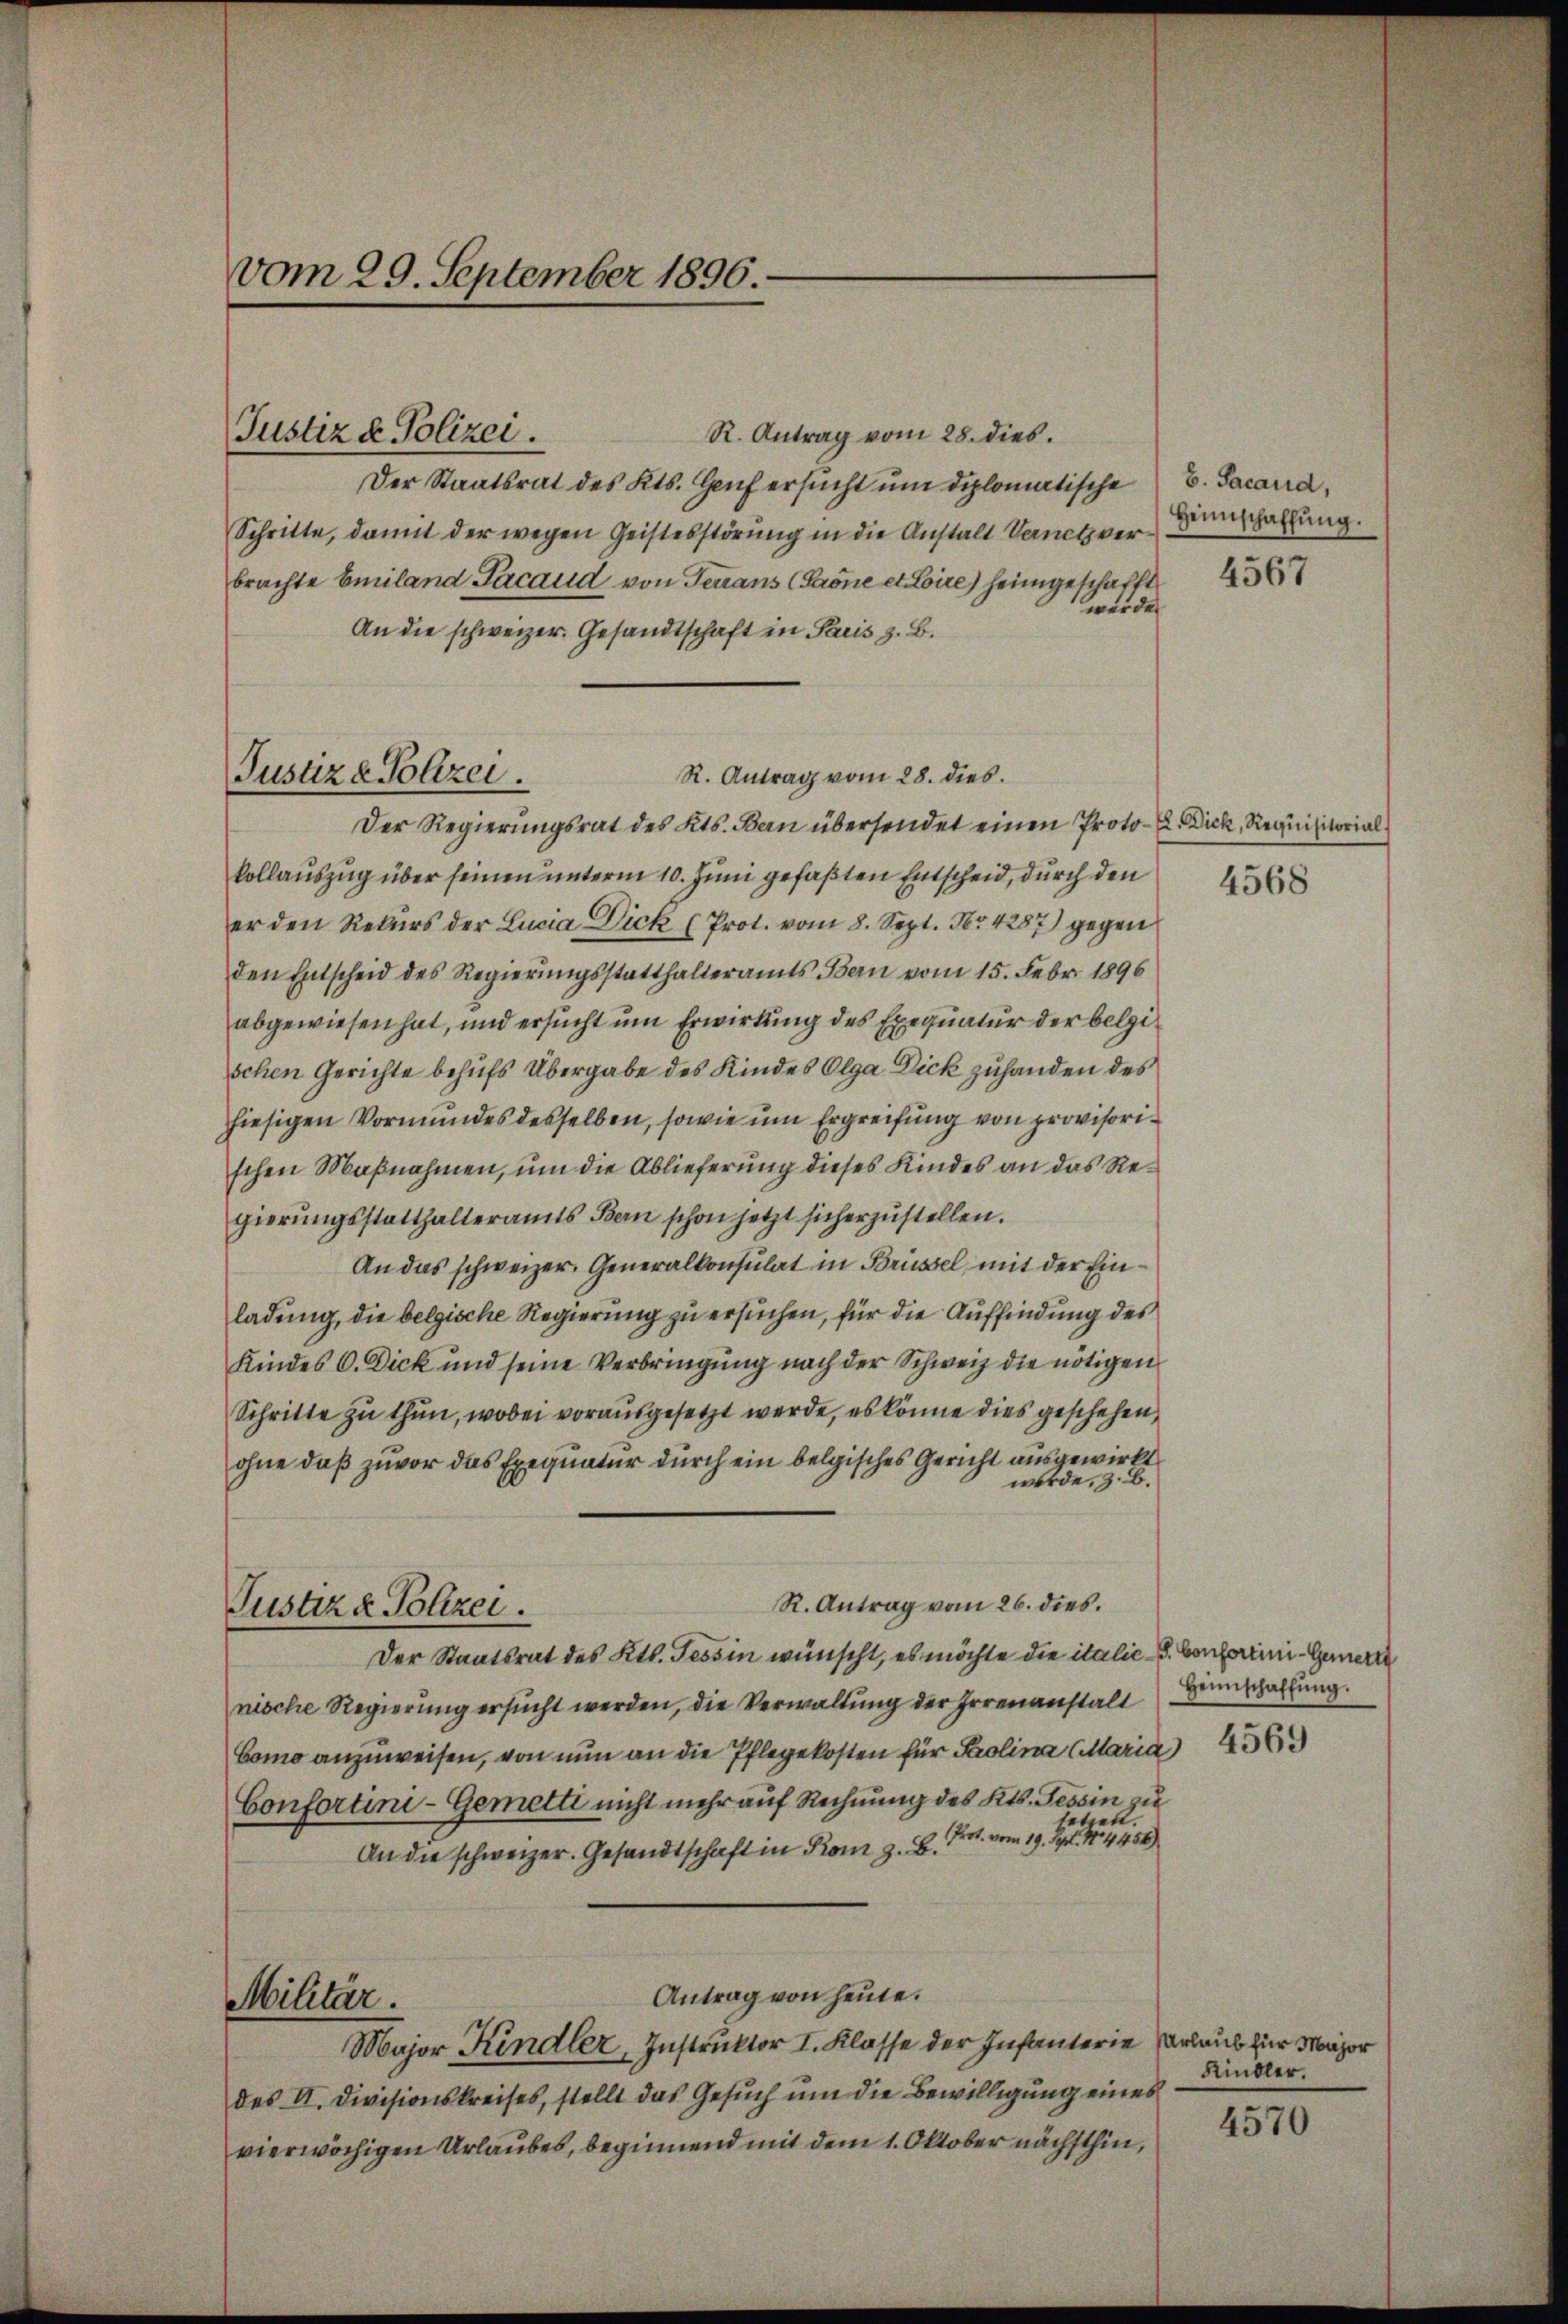
vom 29. September 1896.

Justiz & Polizei.

Justiz & Polizei.

R. Antrag vom 28. dies.
Der Staatsrat des Kts. Genf ersŭcht ŭm diplomatische B. Sacarra,
Schritte, damit der wegen Geistesstörung in die Anstalt Vernetz verbrachte Emiland Pacaud von Terraus (Paone et Loire) heimgeschafft
werden
An die schweizer. Gesandtschaft in Paris z. B.
R. Antrag vom 28. dies.
Der Regierungsrat des Kts. Bern übersendet einen Proto-E. Dick, Requisitorial
kollauszug über seinen unterm 10. Juni gefaßten Entscheid, durch den
er den Rekurs der Lucia Dick (Prot. vom 8. Sept. Nr. 4287) gegen
den Entscheid des Regierungsstatthalteramts Bern vom 15. Febr. 1896
abgewiesen hat, und ersucht um Erwirkung des Exequatur der belgischen Gerichte behufs Übergabe des Kindes Olga Dick zuhanden des
hiesigen Vormundes desselben, sowie um Ergreifung von provisorischen Maßnahmen, um die Ablieferung dieses Kindes an das Regierŭngsstatthalteramts Bern schon jetzt sicherzustellen.
An das schweizer. Generalkonsulat in Brüssel mit der Einladung, die belgische Regierung zu ersuchen, für die Auffindung des
Kindes C. Dick und seine Verbringung nach der Schweiz die nötigen
Schritte zu thun, wobei vorausgesetzt werde, es könne dies geschehen,
ohne daß zuvor das Exequatur durch ein belgisches Gericht ausgewirkt
werde, z. B.
R. Antrag vom 26. dies.
Justiz & Polizei.
Der Staatsrat des Kts. Tessin wünscht, es möchte die italie L. Conferini-Gemeine
nische Regierung ersucht werden, die Verwaltung der Irrenanstalt
Como anzuweisen, von nun an die Pflegekosten für Paolina (Maria 436
Confortini-Gemetti nicht mehr auf Rechnung des Kts. Tessin zu
tzen.
An die schweizer. Gesandtschaft in Rom z. B. Fr. vom 19. Sept. 14458)
Antrag von heute.
Militär.
Major Kindler, Instruktor I. Klasse der Infanterie erlaub für Major
des II. Divisionskreises, stellt das Gesuch um die Bewilligung eines
vierwöchigen Urlaubes, beginnend mit dem 1. Oktober nächsthin,

Heimschaffung.

4567

Heimschaffŭng.

Kindler.

4570